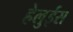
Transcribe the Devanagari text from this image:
हेलुईस